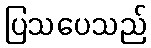
ပြသပေသည်